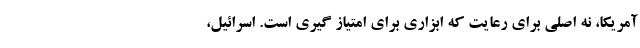
آمریکا، نه اصلی برای رعایت که ابزاری برای امتیاز گیری است. اسرائیل،